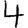
Digit: 4